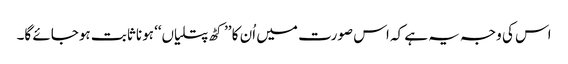
اس کی وجہ یہ ہے کہ اس صورت میں اُن کا ’’کٹھ پتلیاں‘‘ ہونا ثابت ہوجائے گا۔